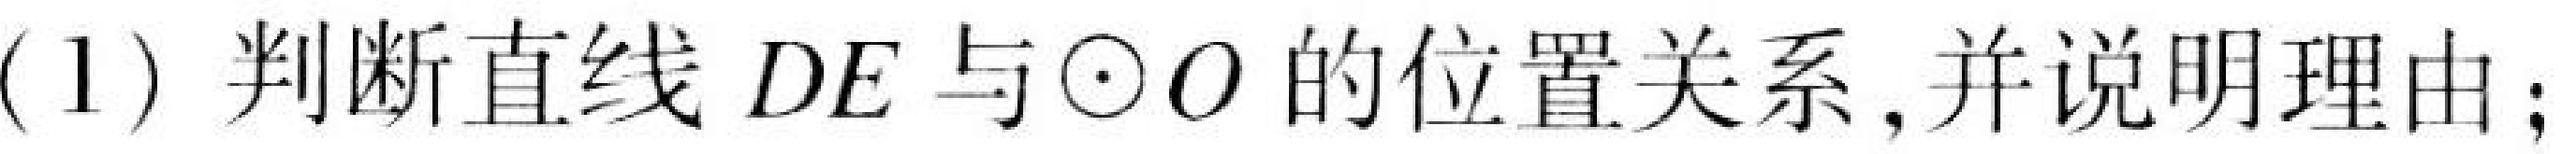
(1) 判断直线 \(DE\) 与\(\odot O\) 的位置关系, 并说明理由;